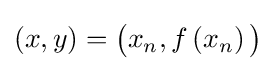
\left(x,y\right)={\bigl (}x_{n},f\left(x_{n}\right){\bigr )}